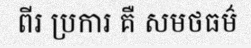
ពីរ ប្រការ គឺ សមថធម៌